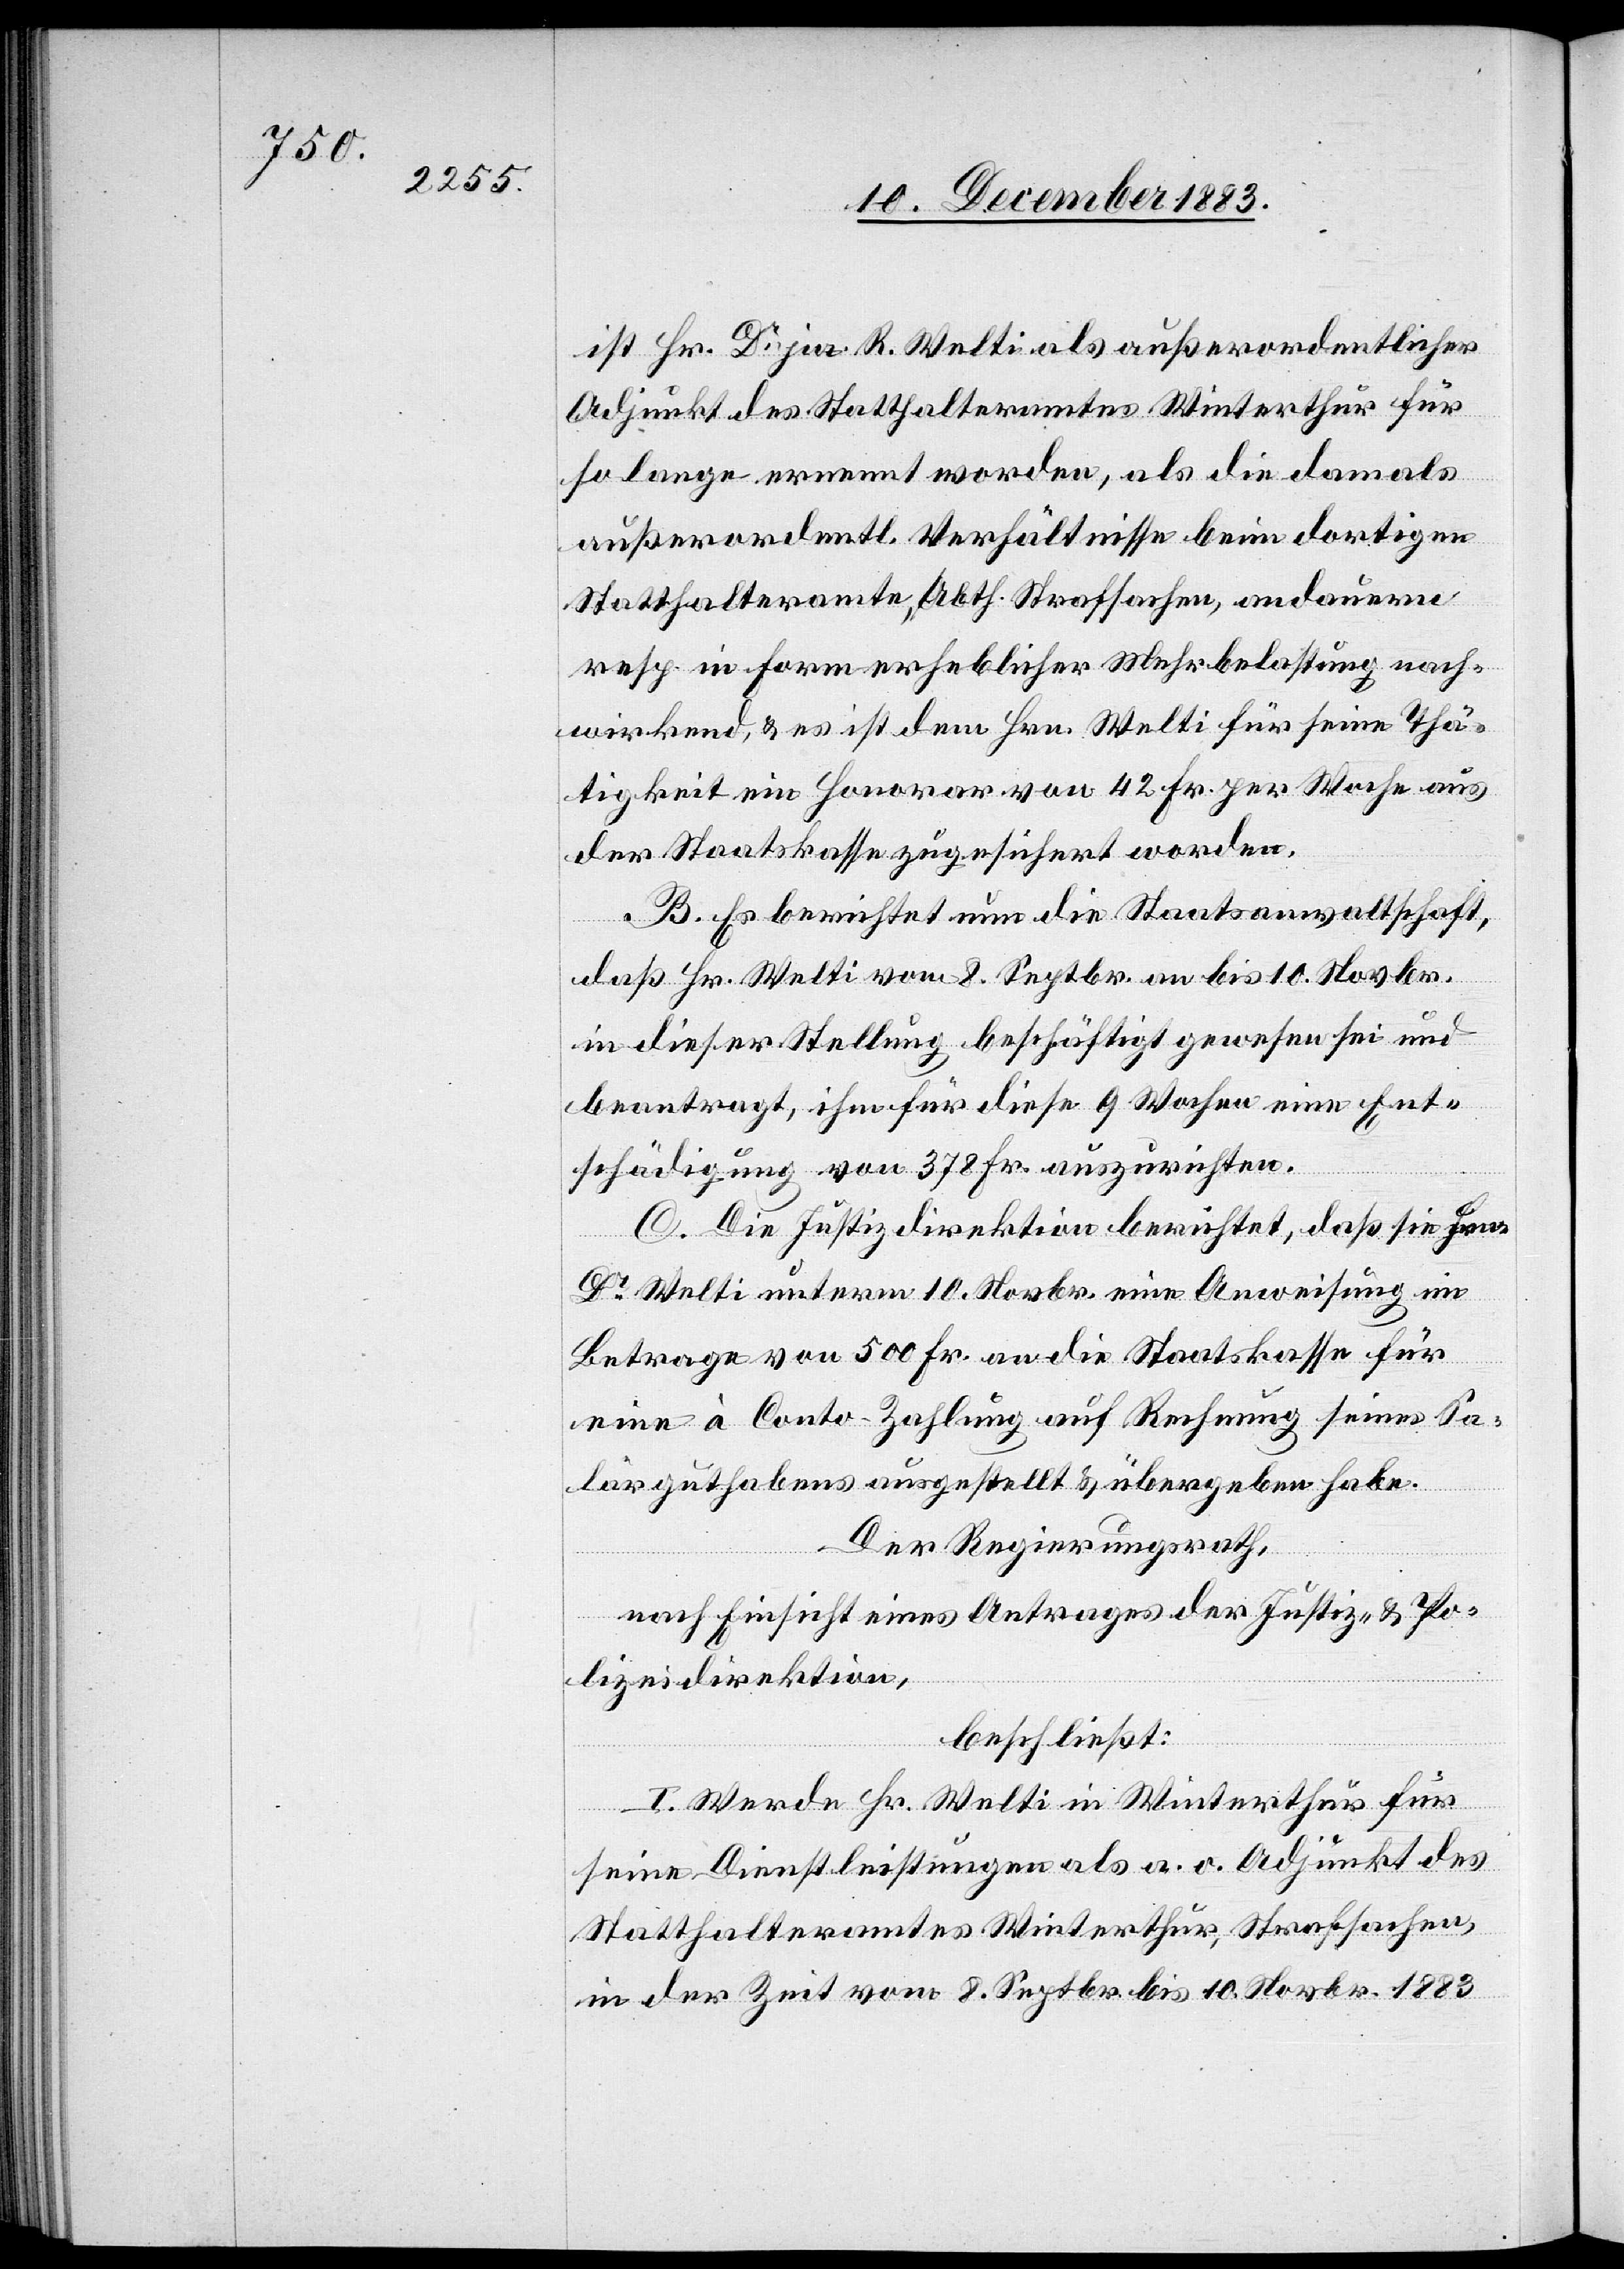
ist Hr. Dr jur. R. Welti als außerordentlicher
Adjunkt des Statthalteramtes Winterthur für
so lange ernennt worden, als die damals
außerordentl. Verhältnisse beim dortigen
Statthalteramt, Abth. Strafsachen, andauernd
resp. in Form erheblicher Mehrbelastung nach¬
wirkend, & es ist dem Hrn. Welti für seine Thä¬
tigkeit ein Honorar von 42 Fr. per Woche aus
der Staatskasse zugesichert worden.
B. Es berichtet nun die Staatsanwaltschaft,
daß Hr. Welti vom 8. Septbr. an bis 10. Novbr.
in dieser Stellung beschäftigt gewesen sei und
beantragt, ihm für diese 9 Wochen eine Ent¬
schädigung von 378 Fr. auszurichten.
C. Die Justizdirektion berichtet, daß sie Hrn.
Dr Welti unterm 10. Novbr. eine Anweisung im
Betrage von 500 Fr. an die Staatskasse für
eine à Conto-Zahlung auf Rechnung seines Sa¬
lärguthabens ausgestellt & übergeben habe.
Der Regierungsrath,
nach Einsicht eines Antrages der Justiz- & Po¬
lizeidirektion,
beschließt:
I. Werde Hr. Welti in Winterthur für
seine Dienstleistungen als a. o. Adjunkt des
Statthalteramtes Winterthur, Strafsachen,
in der Zeit vom 8. Septbr. bis 10. Novbr. 1883